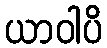
ယာဝါပိ